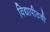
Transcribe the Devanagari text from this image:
विद्यापीठची